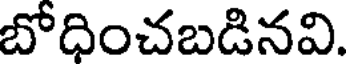
బోధించబడినవి.